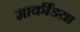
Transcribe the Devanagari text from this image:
मार्कींडय़ा